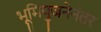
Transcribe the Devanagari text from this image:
भूमिपुजनेनंतर